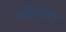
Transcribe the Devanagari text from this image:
काँगडा